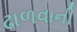
ઢાળવાની